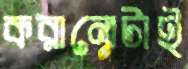
করানোটাই